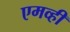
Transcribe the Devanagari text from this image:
एमव्ही